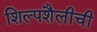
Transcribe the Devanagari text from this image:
शिल्पशैलीची